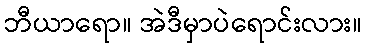
ဘီယာရော။ အဲဒီမှာပဲရောင်းလား။